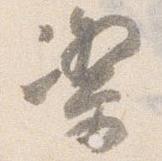
潔